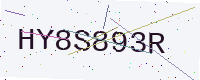
Text: HY8S893R